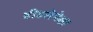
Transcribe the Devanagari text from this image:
दीडशेपेक्षा